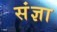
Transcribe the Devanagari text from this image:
संंज्ञा